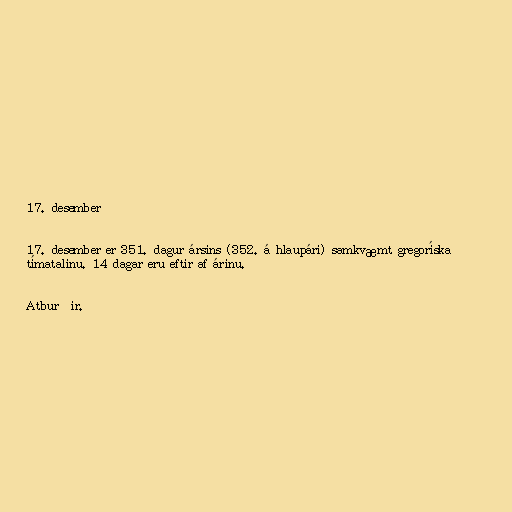
17. desember

17. desember er 351. dagur ársins (352. á hlaupári) samkvæmt gregoríska
tímatalinu. 14 dagar eru eftir af árinu.

Atburðir.